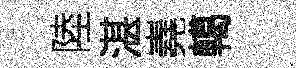
陸湛嶤轕